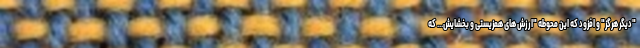
"دیگر هرگز" و افزود که این محوطه "ارزش های همزیستی و بخشایش... که